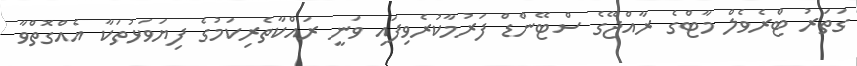
ގަތަރު ޓްރެވެލް މާޓްގެ ރާއްޖޭގެ ސްޓޭންޑް ފަރުމާކުރެވިފައި ވަނީ ރައްކާތެރިކަމުގެ ފިޔަވަޅުތަކާ އެއްގޮތްވާ